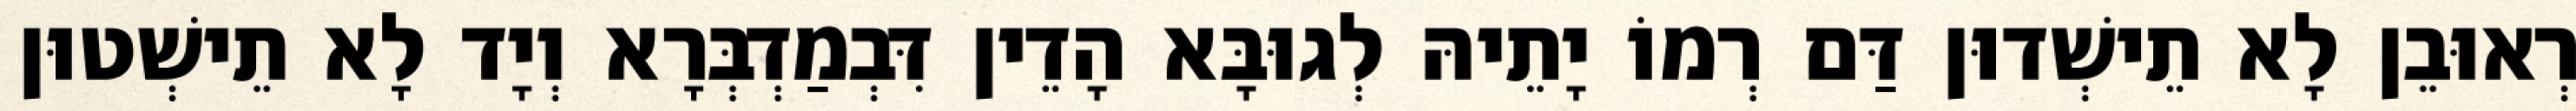
רְאוּבֵן לָא תֵישְׁדוּן דַּם רְמוֹ יָתֵיהּ לְגוּבָּא הָדֵין דִּבְמַדְבְּרָא וְיָד לָא תֵישְׁטוּן